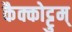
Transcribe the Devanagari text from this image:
कैक्कोट्टुम्